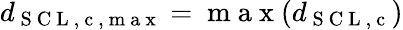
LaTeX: d_{\mathrm{~S~C~L~,~c~,~m~a~x~}}=\mathrm{~m~a~x~}(d_{\mathrm{~S~C~L~,~c~}})